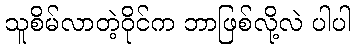
သူစိမ်လာတဲ့ဝိုင်က ဘာဖြစ်လို့လဲ ပါပါ